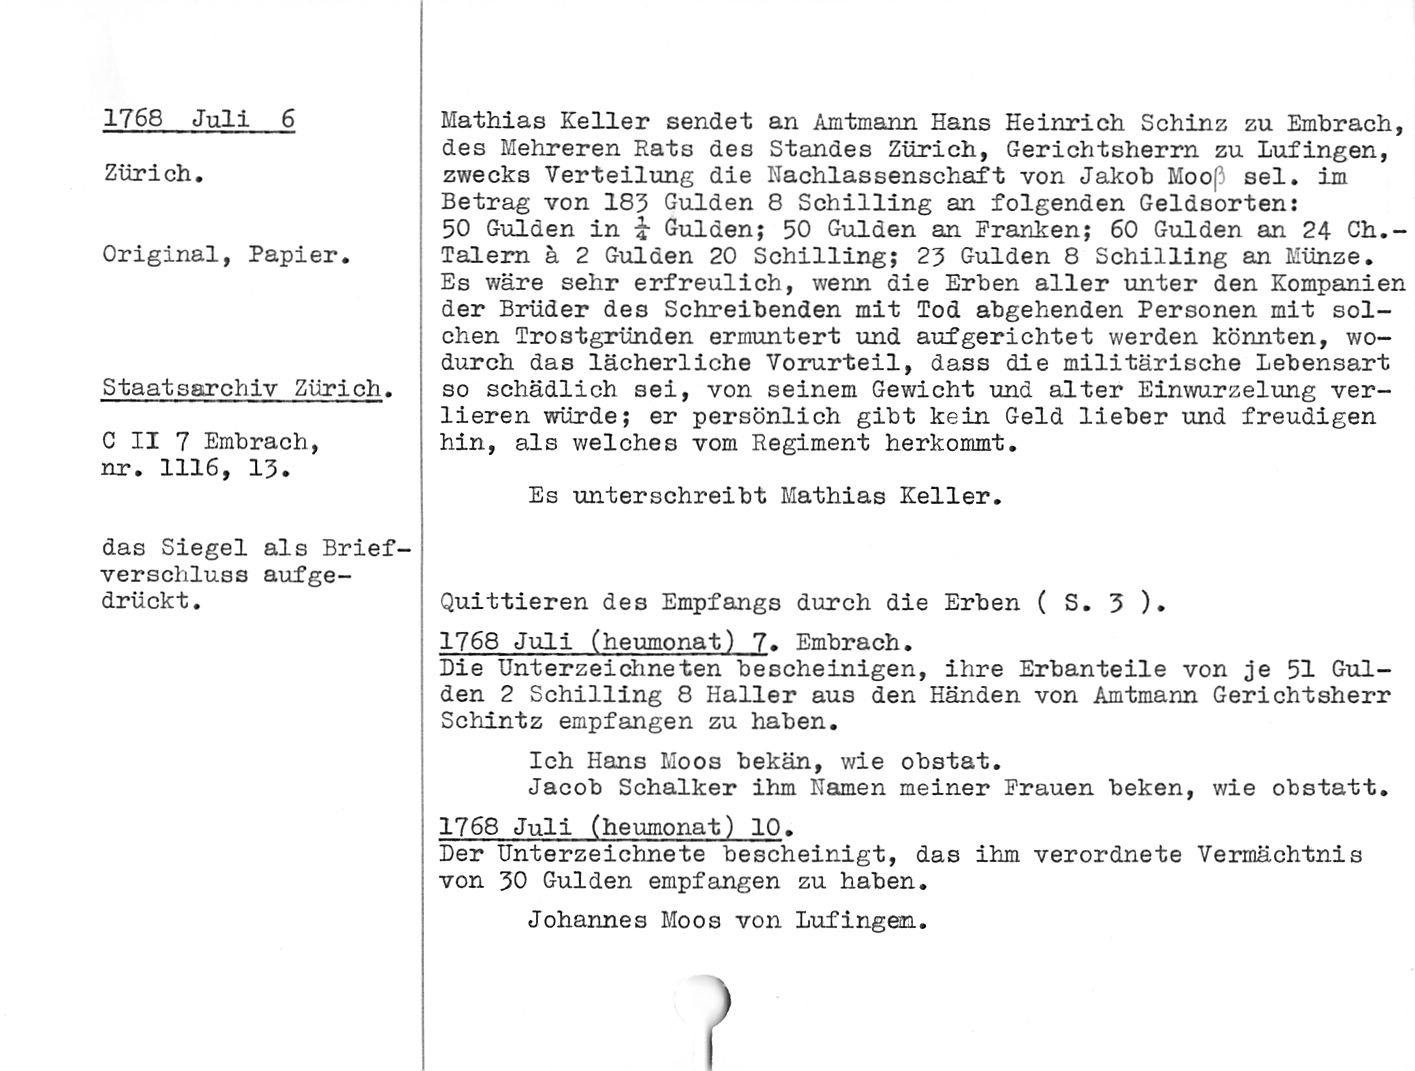
1768 Juli 6

Zur i ch.

Original, Papier.

Staatsarchiv Zürich.

C II 7 Embrach,
nr. 1116, 13.

Mathias Keller sendet an Amtmann Hans Heinrich Schinz zu Embrach,
des Mehreren Rats des Standes Zürich, Gerichtsherrn zu Lufingen,
zwecks Verteilung die Hachlassenschaft von Jakob Moos) sei. im
Betrag von 183 Gulden 8 Schilling an folgenden Geldsorten:

50 Gulden in i Gulden; 50 Gulden an Pranken; 60 Gulden an 24 Ch.-
Talern ä 2 Gulden 20 Schilling; 23 Gulden 8 Schilling an Münze.

Es wäre sehr erfreulich, wenn die Erben aller unter den Kompanien
der Brüder des Schreibenden mit Tod abgehenden Personen mit sol¬
chen Trostgründen ermuntert und aufgerichtet werden könnten, wo¬
durch das lächerliche Vorurteil, dass die militärische Lebensart
so schädlich sei, von seinem Gewicht und alter Einwurzelung ver¬
lieren würde; er persönlich gibt kein Geld lieber und freudigen
hin, als welches vom Regiment herkommt.

Es unterschreibt Mathias Keller.

das Siegel als Brief¬
verschluss aufge¬
drückt .

Quittieren des Empfangs durch die Erben ( S. 3 ).

1768 Juli (heumonat) 7. Embrach.

Die Unterzeidineten bescheinigen, ihre Erbanteile von je 51 Gul¬
den 2 Schilling 6 Haller aus den Händen von Amtmann Gerichtsherr
Schintz empfangen zu haben.

Ich Hans Moos bekän, wie obstat.

Jacob Schalker ihm Kernen meiner Frauen beken, wie obstatt.
1768 Juli (heumonat) 10.

Der Unterzeichnete bescheinigt, das ihm verordnete Vermächtnis
von 30 Gulden empfangen zu haben.

Johannes Moos von Lufingen.